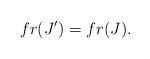
LaTeX: \begin{align*} fr(J')= fr(J).\end{align*}